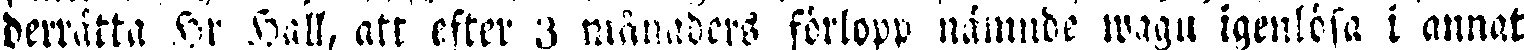
derrätta Hr Hall, att efter 3 månaders förlopp nämnde wagn igenlösa i annat